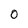
Character: 0